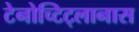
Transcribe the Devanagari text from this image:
टेनोच्टिट्लानास